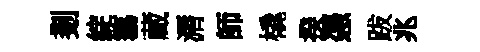
剗綻簜蔵漘師橇揆慿跋兆